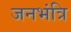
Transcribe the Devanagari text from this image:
जनभंत्रि